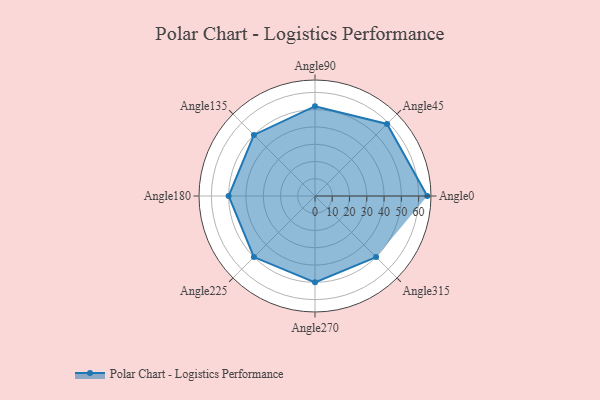
{"axis": {"x": "Angle", "y": "Radius"}, "legend": [""], "data": [{"x": "Angle0", "y": 65.0, "type": ""}, {"x": "Angle45", "y": 59.0, "type": ""}, {"x": "Angle90", "y": 52.0, "type": ""}, {"x": "Angle135", "y": 50, "type": ""}, {"x": "Angle180", "y": 50, "type": ""}, {"x": "Angle225", "y": 50, "type": ""}, {"x": "Angle270", "y": 50, "type": ""}, {"x": "Angle315", "y": 50, "type": ""}]}